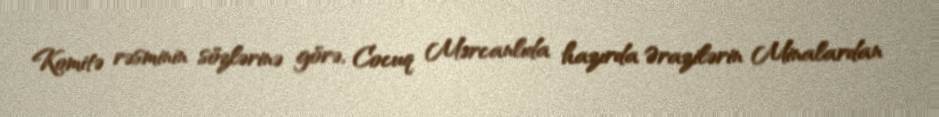
Komitə rəsminin sözlərinə görə, Cocuq Mərcanlıda hazırda Ərazilərin Minalardan